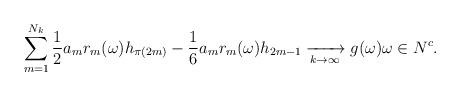
LaTeX: \begin{align*}\sum_{m=1}^{N_k} \frac{1}{2} a_m r_m(\omega) h_{\pi(2m)} - \frac{1}{6} a_m r_m(\omega) h_{2m-1} \xrightarrow[k \to \infty]{} g(\omega) \omega \in N^c. \end{align*}